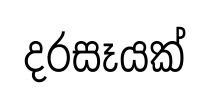
දරසෑයක්